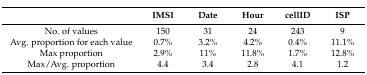
<table><thead><tr><td></td><td><b>IMSI</b></td><td><b>Date</b></td><td><b>Hour</b></td><td><b>cellID</b></td><td><b>ISP</b></td></tr></thead><tbody><tr><td>No. of values</td><td>150</td><td>31</td><td>24</td><td>243</td><td>9</td></tr><tr><td>Avg. proportion for each value</td><td>0.7%</td><td>3.2%</td><td>4.2%</td><td>0.4%</td><td>11.1%</td></tr><tr><td>Max proportion</td><td>2.9%</td><td>11%</td><td>11.8%</td><td>1.7%</td><td>12.8%</td></tr><tr><td>Max/Avg. proportion</td><td>4.4</td><td>3.4</td><td>2.8</td><td>4.1</td><td>1.2</td></tr></tbody></table>